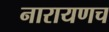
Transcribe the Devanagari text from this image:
नारायणच